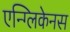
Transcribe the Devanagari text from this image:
एन्ग्लिकेनस